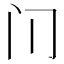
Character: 𰿥